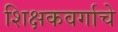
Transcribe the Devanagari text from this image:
शिक्षकवर्गाचे